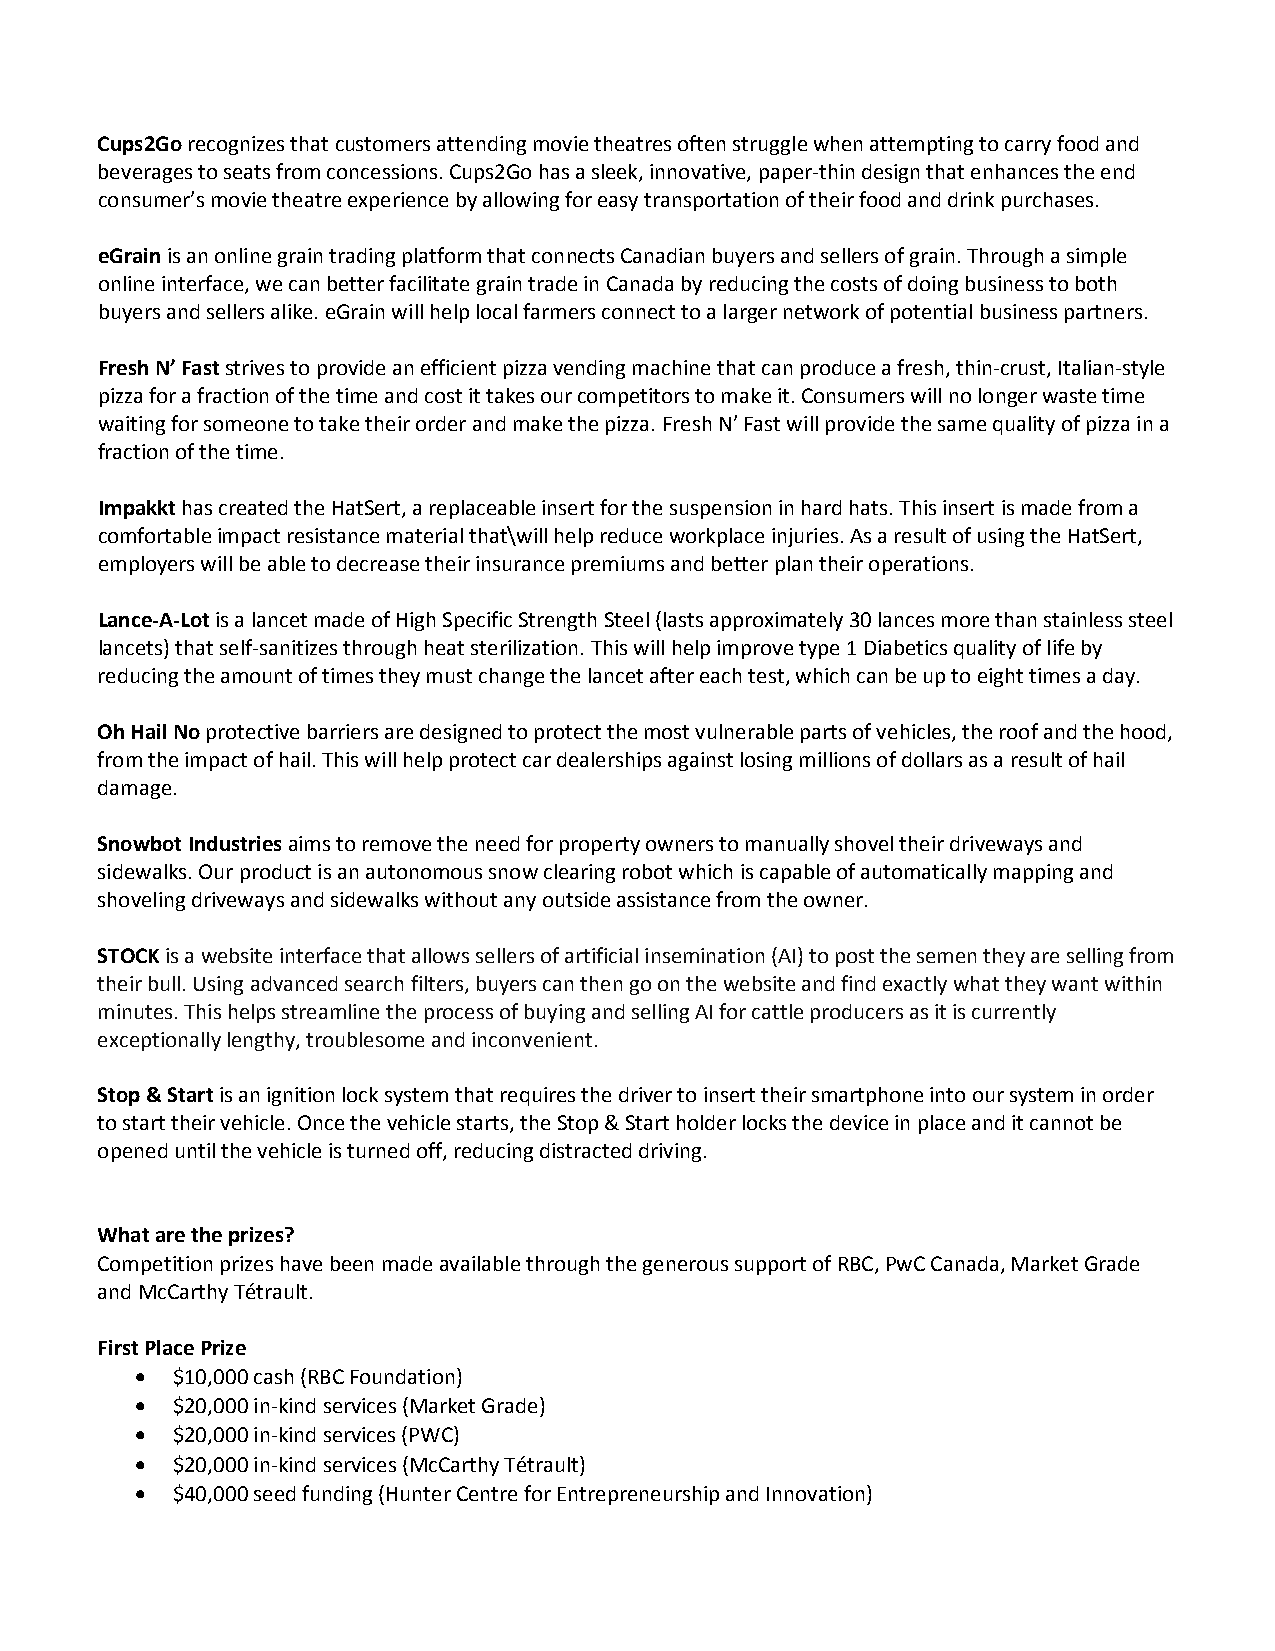
Cups2Go recognizes that customers attending movie theatres often struggle when attempting to carry food and
 beverages to seats from concessions. Cups2Go has a sleek, innovative, paper-thin design that enhances the end
 consumer’s movie theatre experience by allowing for easy transportation of their food and drink purchases.
 eGrain is an online grain trading platform that connects Canadian buyers and sellers of grain. Through a simple
 online interface, we can better facilitate grain trade in Canada by reducing the costs of doing business to both
 buyers and sellers alike. eGrain will help local farmers connect to a larger network of potential business partners.
 Fresh N’ Fast strives to provide an efficient pizza vending machine that can produce a fresh, thin-crust, Italian-style
 pizza for a fraction of the time and cost it takes our competitors to make it. Consumers will no longer waste time
 waiting for someone to take their order and make the pizza. Fresh N’ Fast will provide the same quality of pizza in a
 fraction of the time.
 Impakkt has created the HatSert, a replaceable insert for the suspension in hard hats. This insert is made from a
 comfortable impact resistance material that\will help reduce workplace injuries. As a result of using the HatSert,
 employers will be able to decrease their insurance premiums and better plan their operations.
 Lance-A-Lot is a lancet made of High Specific Strength Steel (lasts approximately 30 lances more than stainless steel
 lancets) that self-sanitizes through heat sterilization. This will help improve type 1 Diabetics quality of life by
 reducing the amount of times they must change the lancet after each test, which can be up to eight times a day.
 Oh Hail No protective barriers are designed to protect the most vulnerable parts of vehicles, the roof and the hood,
 from the impact of hail. This will help protect car dealerships against losing millions of dollars as a result of hail
 damage.
 Snowbot Industries aims to remove the need for property owners to manually shovel their driveways and
 sidewalks. Our product is an autonomous snow clearing robot which is capable of automatically mapping and
 shoveling driveways and sidewalks without any outside assistance from the owner.
 STOCK is a website interface that allows sellers of artificial insemination (AI) to post the semen they are selling from
 their bull. Using advanced search filters, buyers can then go on the website and find exactly what they want within
 minutes. This helps streamline the process of buying and selling AI for cattle producers as it is currently
 exceptionally lengthy, troublesome and inconvenient.
 Stop & Start is an ignition lock system that requires the driver to insert their smartphone into our system in order
 to start their vehicle. Once the vehicle starts, the Stop & Start holder locks the device in place and it cannot be
 opened until the vehicle is turned off, reducing distracted driving.
 What are the prizes?
 Competition prizes have been made available through the generous support of RBC, PwC Canada, Market Grade
 and McCarthy Tétrault.
 First Place Prize
 • $10,000 cash (RBC Foundation)
 • $20,000 in-kind services (Market Grade)
 • $20,000 in-kind services (PWC)
 • $20,000 in-kind services (McCarthy Tétrault)
 • $40,000 seed funding (Hunter Centre for Entrepreneurship and Innovation)